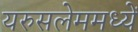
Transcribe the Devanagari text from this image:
यरुसलेममध्यें